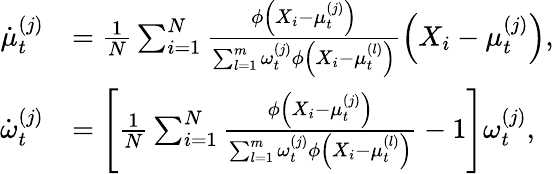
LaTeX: \begin{array}{rl}{\dot{\mu}_{t}^{(j)}}&{=\frac{1}{N}\sum_{i=1}^{N}\frac{\phi\left(X_{i}-\mu_{t}^{(j)}\right)}{\sum_{l=1}^{m}\omega_{t}^{(j)}\phi\left(X_{i}-\mu_{t}^{(l)}\right)}\left(X_{i}-\mu_{t}^{(j)}\right),}\\ {\dot{\omega}_{t}^{(j)}}&{=\left[\frac{1}{N}\sum_{i=1}^{N}\frac{\phi\left(X_{i}-\mu_{t}^{(j)}\right)}{\sum_{l=1}^{m}\omega_{t}^{(j)}\phi\left(X_{i}-\mu_{t}^{(l)}\right)}-1\right]\omega_{t}^{(j)},}\end{array}